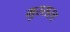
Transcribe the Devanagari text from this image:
मुस्सरत